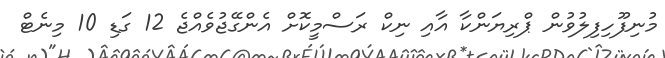
މުނިފޫހިފިލުވުން ޕްރިޔަންކާ އާއި ނިކް ރަސްމީކޮށް އެންގޭޖުވެއްޖެ 12 ގަޑި 10 މިނެޓް